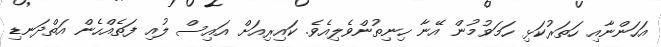
އަހަންނާއި ހަތަރުކަޅި ހަމަވުމުން އޭނާ ހިނިތުންވެލިއެވެ. ކައިރިއަށް އައިސް ލުއި ފަތެއްހެން އަތްދަނޑި